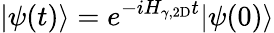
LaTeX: |\psi(t)\rangle=e^{-iH_{\gamma,\mathrm{2D}}t}|\psi(0)\rangle